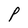
Character: P